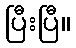
ပြီးပြီ။